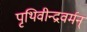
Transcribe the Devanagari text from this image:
पृथिवीन्द्रवर्मन्